Indian journal of veterinary science and animal husbandry - Volume 9,
Year: 1939
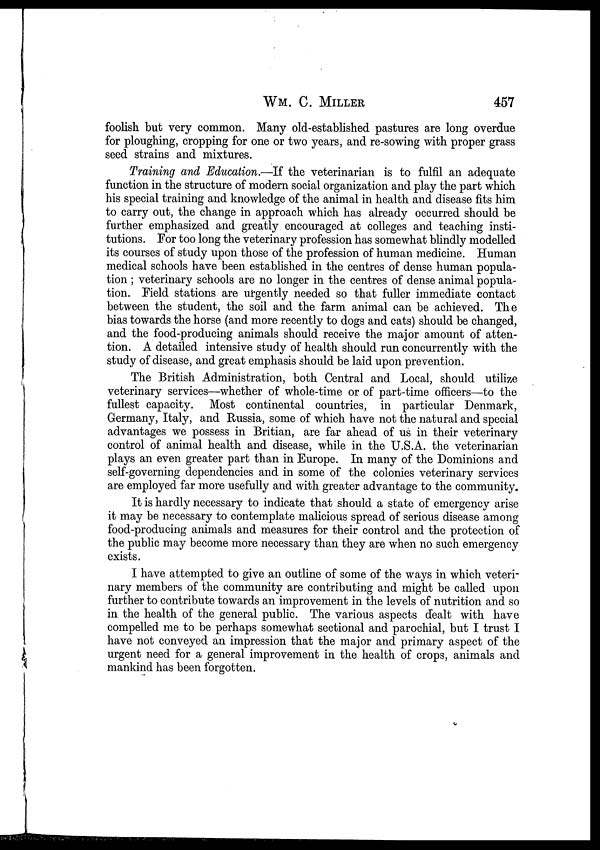
WM. C.
MILLER
457
foolish but very common. Many old-established pastures are long overdue
for ploughing, cropping for one or two years, and re-sowing with proper grass
seed strains and mixtures.
Training and Education.—If the veterinarian is to fulfil an adequate
function in the structure of modern social organization and play the part which
his special training and knowledge of the animal in health and disease fits him
to carry out, the change in approach which has already occurred should be
further emphasized and greatly encouraged at colleges and teaching insti-
tutions. For too long the veterinary profession has somewhat blindly modelled
its courses of study upon those of the profession of human medicine. Human
medical schools have been established in the centres of dense human popula-
tion ; veterinary schools are no longer in the centres of dense animal popula-
tion. Field stations are urgently needed so that fuller immediate contact
between the student, the soil and the farm animal can be achieved. The
bias towards the horse (and more recently to dogs and cats) should be changed,
and the food-producing animals should receive the major amount of atten-
tion. A detailed intensive study of health should run concurrently with the
study of disease, and great emphasis should be laid upon prevention.
The British Administration, both Central and Local, should utilize
veterinary services—whether of whole-time or of part-time officers—to the
fullest capacity. Most continental countries, in particular Denmark,
Germany, Italy, and Russia, some of which have not the natural and special
advantages we possess in Britian, are far ahead of us in their veterinary
control of animal health and disease, while in the U.S.A. the veterinarian
plays an even greater part than in Europe. In many of the Dominions and
self-governing dependencies and in some of the colonies veterinary services
are employed far more usefully and with greater advantage to the community.
It is hardly necessary to indicate that should a state of emergency arise
it may be necessary to contemplate malicious spread of serious disease among
food-producing animals and measures for their control and the protection of
the public may become more necessary than they are when no such emergency
exists.
I have attempted to give an outline of some of the ways in which veteri-
nary members of the community are contributing and might be called upon
further to contribute towards an improvement in the levels of nutrition and so
in the health of the general public. The various aspects dealt with have
compelled me to be perhaps somewhat sectional and parochial, but I trust I
have not conveyed an impression that the major and primary aspect of the
urgent need for a general improvement in the health of crops, animals and
mankind has been forgotten.